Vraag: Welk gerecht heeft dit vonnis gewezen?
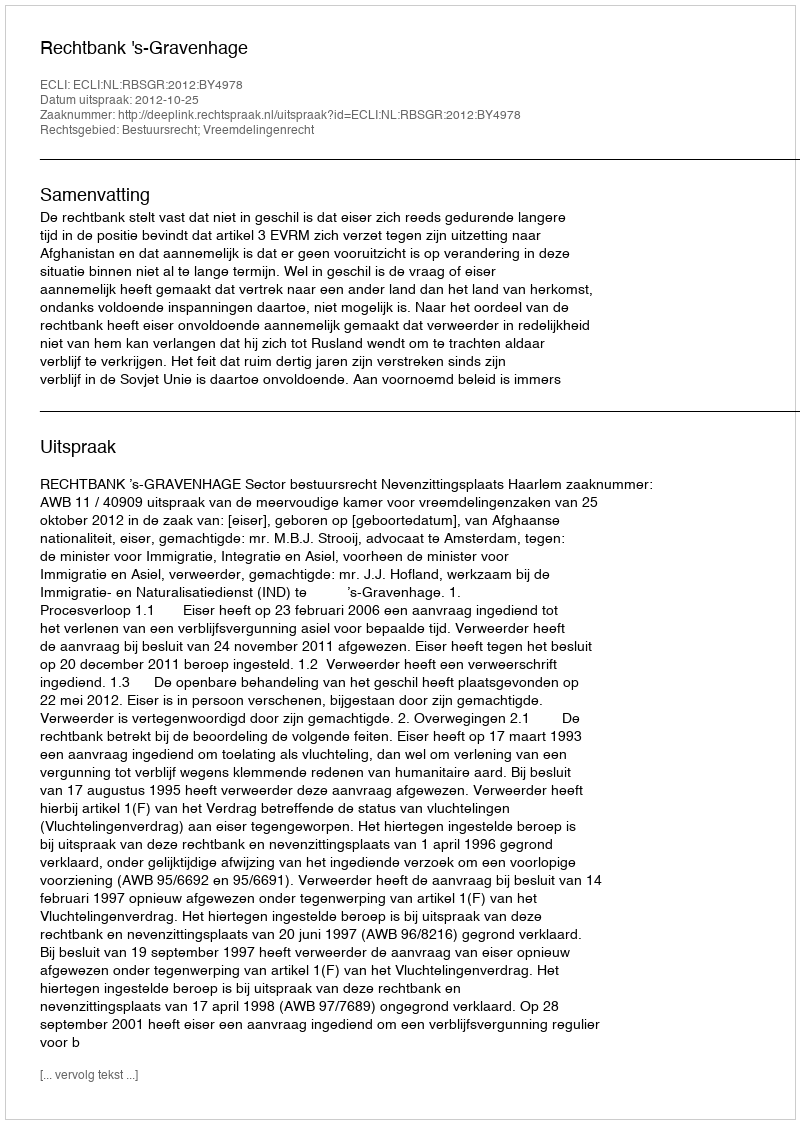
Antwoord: Rechtbank 's-Gravenhage